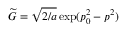
\widetilde { G } = \sqrt { 2 / a } \exp ( p _ { 0 } ^ { 2 } - p ^ { 2 } )